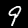
Digit: 9